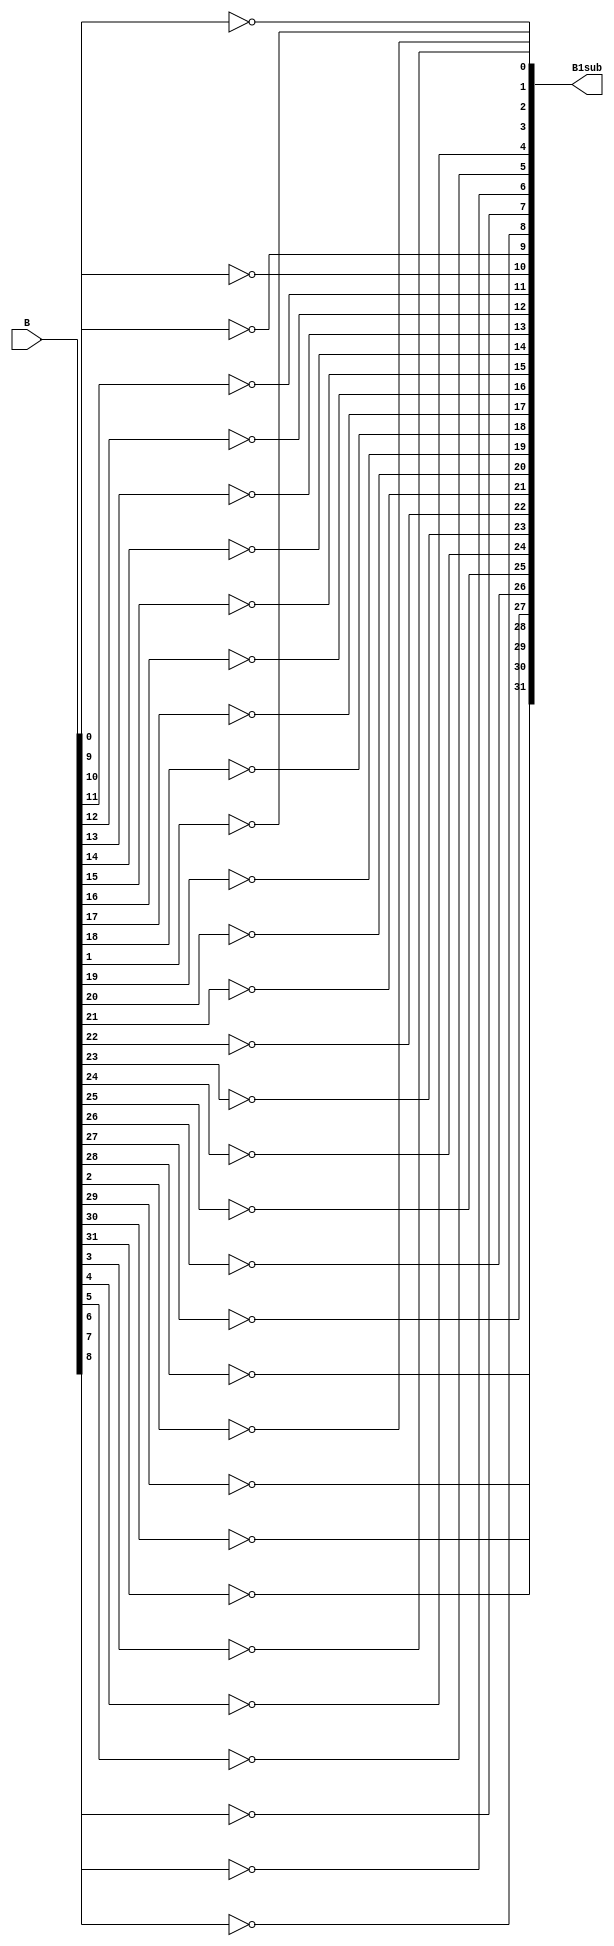
module sub(B, B1sub);
    input [31:0] B;
    output [31:0] B1sub;

    not B0sub(B1sub[0], B[0]);
    not BOnesub(B1sub[1], B[1]);
    not B2sub(B1sub[2], B[2]);
    not B3sub(B1sub[3], B[3]);
    not B4sub(B1sub[4], B[4]);
    not B5sub(B1sub[5], B[5]);
    not B6sub(B1sub[6], B[6]);
    not B7sub(B1sub[7], B[7]);
    not B8sub(B1sub[8], B[8]);
    not B9sub(B1sub[9], B[9]);
    not B10sub(B1sub[10], B[10]);
    not B11sub(B1sub[11], B[11]);
    not B12sub(B1sub[12], B[12]);
    not B13sub(B1sub[13], B[13]);
    not B14sub(B1sub[14], B[14]);
    not B15sub(B1sub[15], B[15]);
    not B16sub(B1sub[16], B[16]);
    not B17sub(B1sub[17], B[17]);
    not B18sub(B1sub[18], B[18]);
    not B19sub(B1sub[19], B[19]);
    not B20sub(B1sub[20], B[20]);
    not B21sub(B1sub[21], B[21]);
    not B22sub(B1sub[22], B[22]);
    not B23sub(B1sub[23], B[23]);
    not B24sub(B1sub[24], B[24]);
    not B25sub(B1sub[25], B[25]);
    not B26sub(B1sub[26], B[26]);
    not B27sub(B1sub[27], B[27]);
    not B28sub(B1sub[28], B[28]);
    not B29sub(B1sub[29], B[29]);
    not B30sub(B1sub[30], B[30]);
    not B31sub(B1sub[31], B[31]);
endmodule